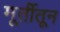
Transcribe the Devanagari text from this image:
मूर्तीतून